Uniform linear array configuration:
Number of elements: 64
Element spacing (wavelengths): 0.25
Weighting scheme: kaiser
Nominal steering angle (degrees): -60
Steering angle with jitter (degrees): -59.001
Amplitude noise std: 0.05
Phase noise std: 0.05

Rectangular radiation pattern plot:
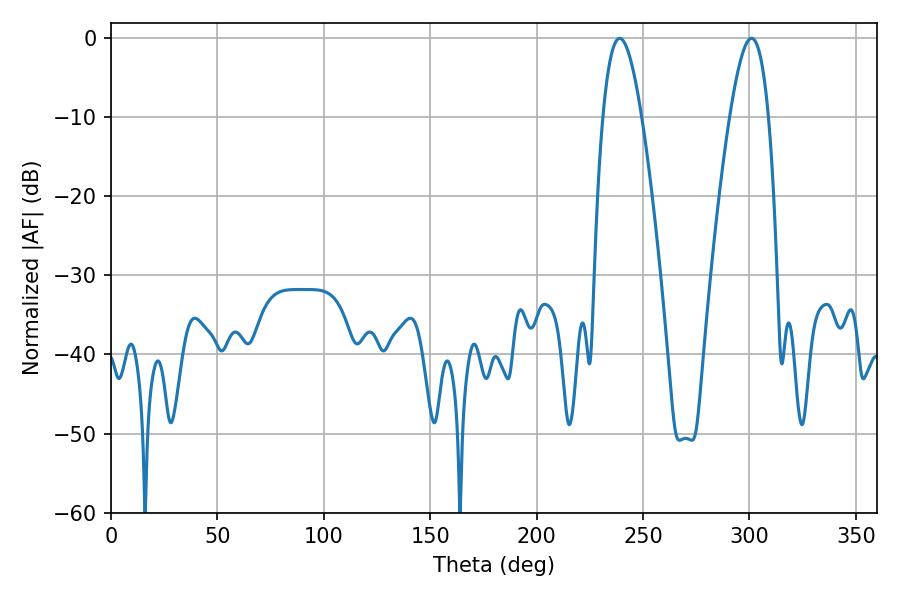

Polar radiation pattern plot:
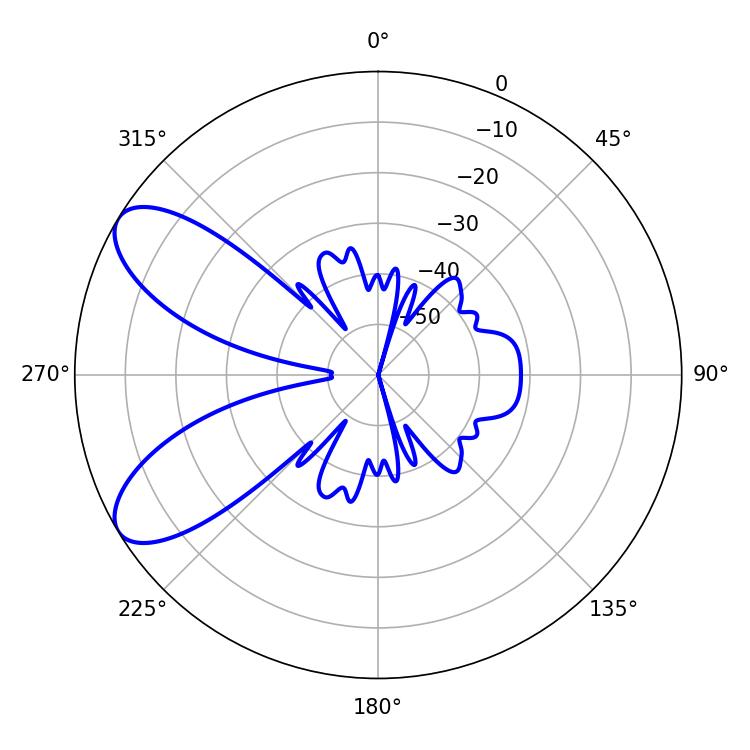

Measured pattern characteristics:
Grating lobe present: FALSE
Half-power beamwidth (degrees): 9.9
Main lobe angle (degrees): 239.04